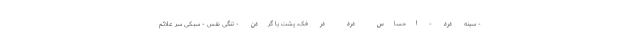
- سینه درد - احساس درد در فک، پشت یا گردن - تنگی نفس - سبکی سر علائم